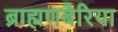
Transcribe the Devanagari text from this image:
ब्राह्मणबैरिया